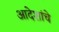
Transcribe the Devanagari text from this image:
आदेशांचे